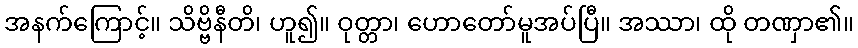
အနက်ကြောင့်။ သိဗ္ဗိနီတိ၊ ဟူ၍။ ဝုတ္တာ၊ ဟောတော်မူအပ်ပြီ။ အဿာ၊ ထို တဏှာ၏။